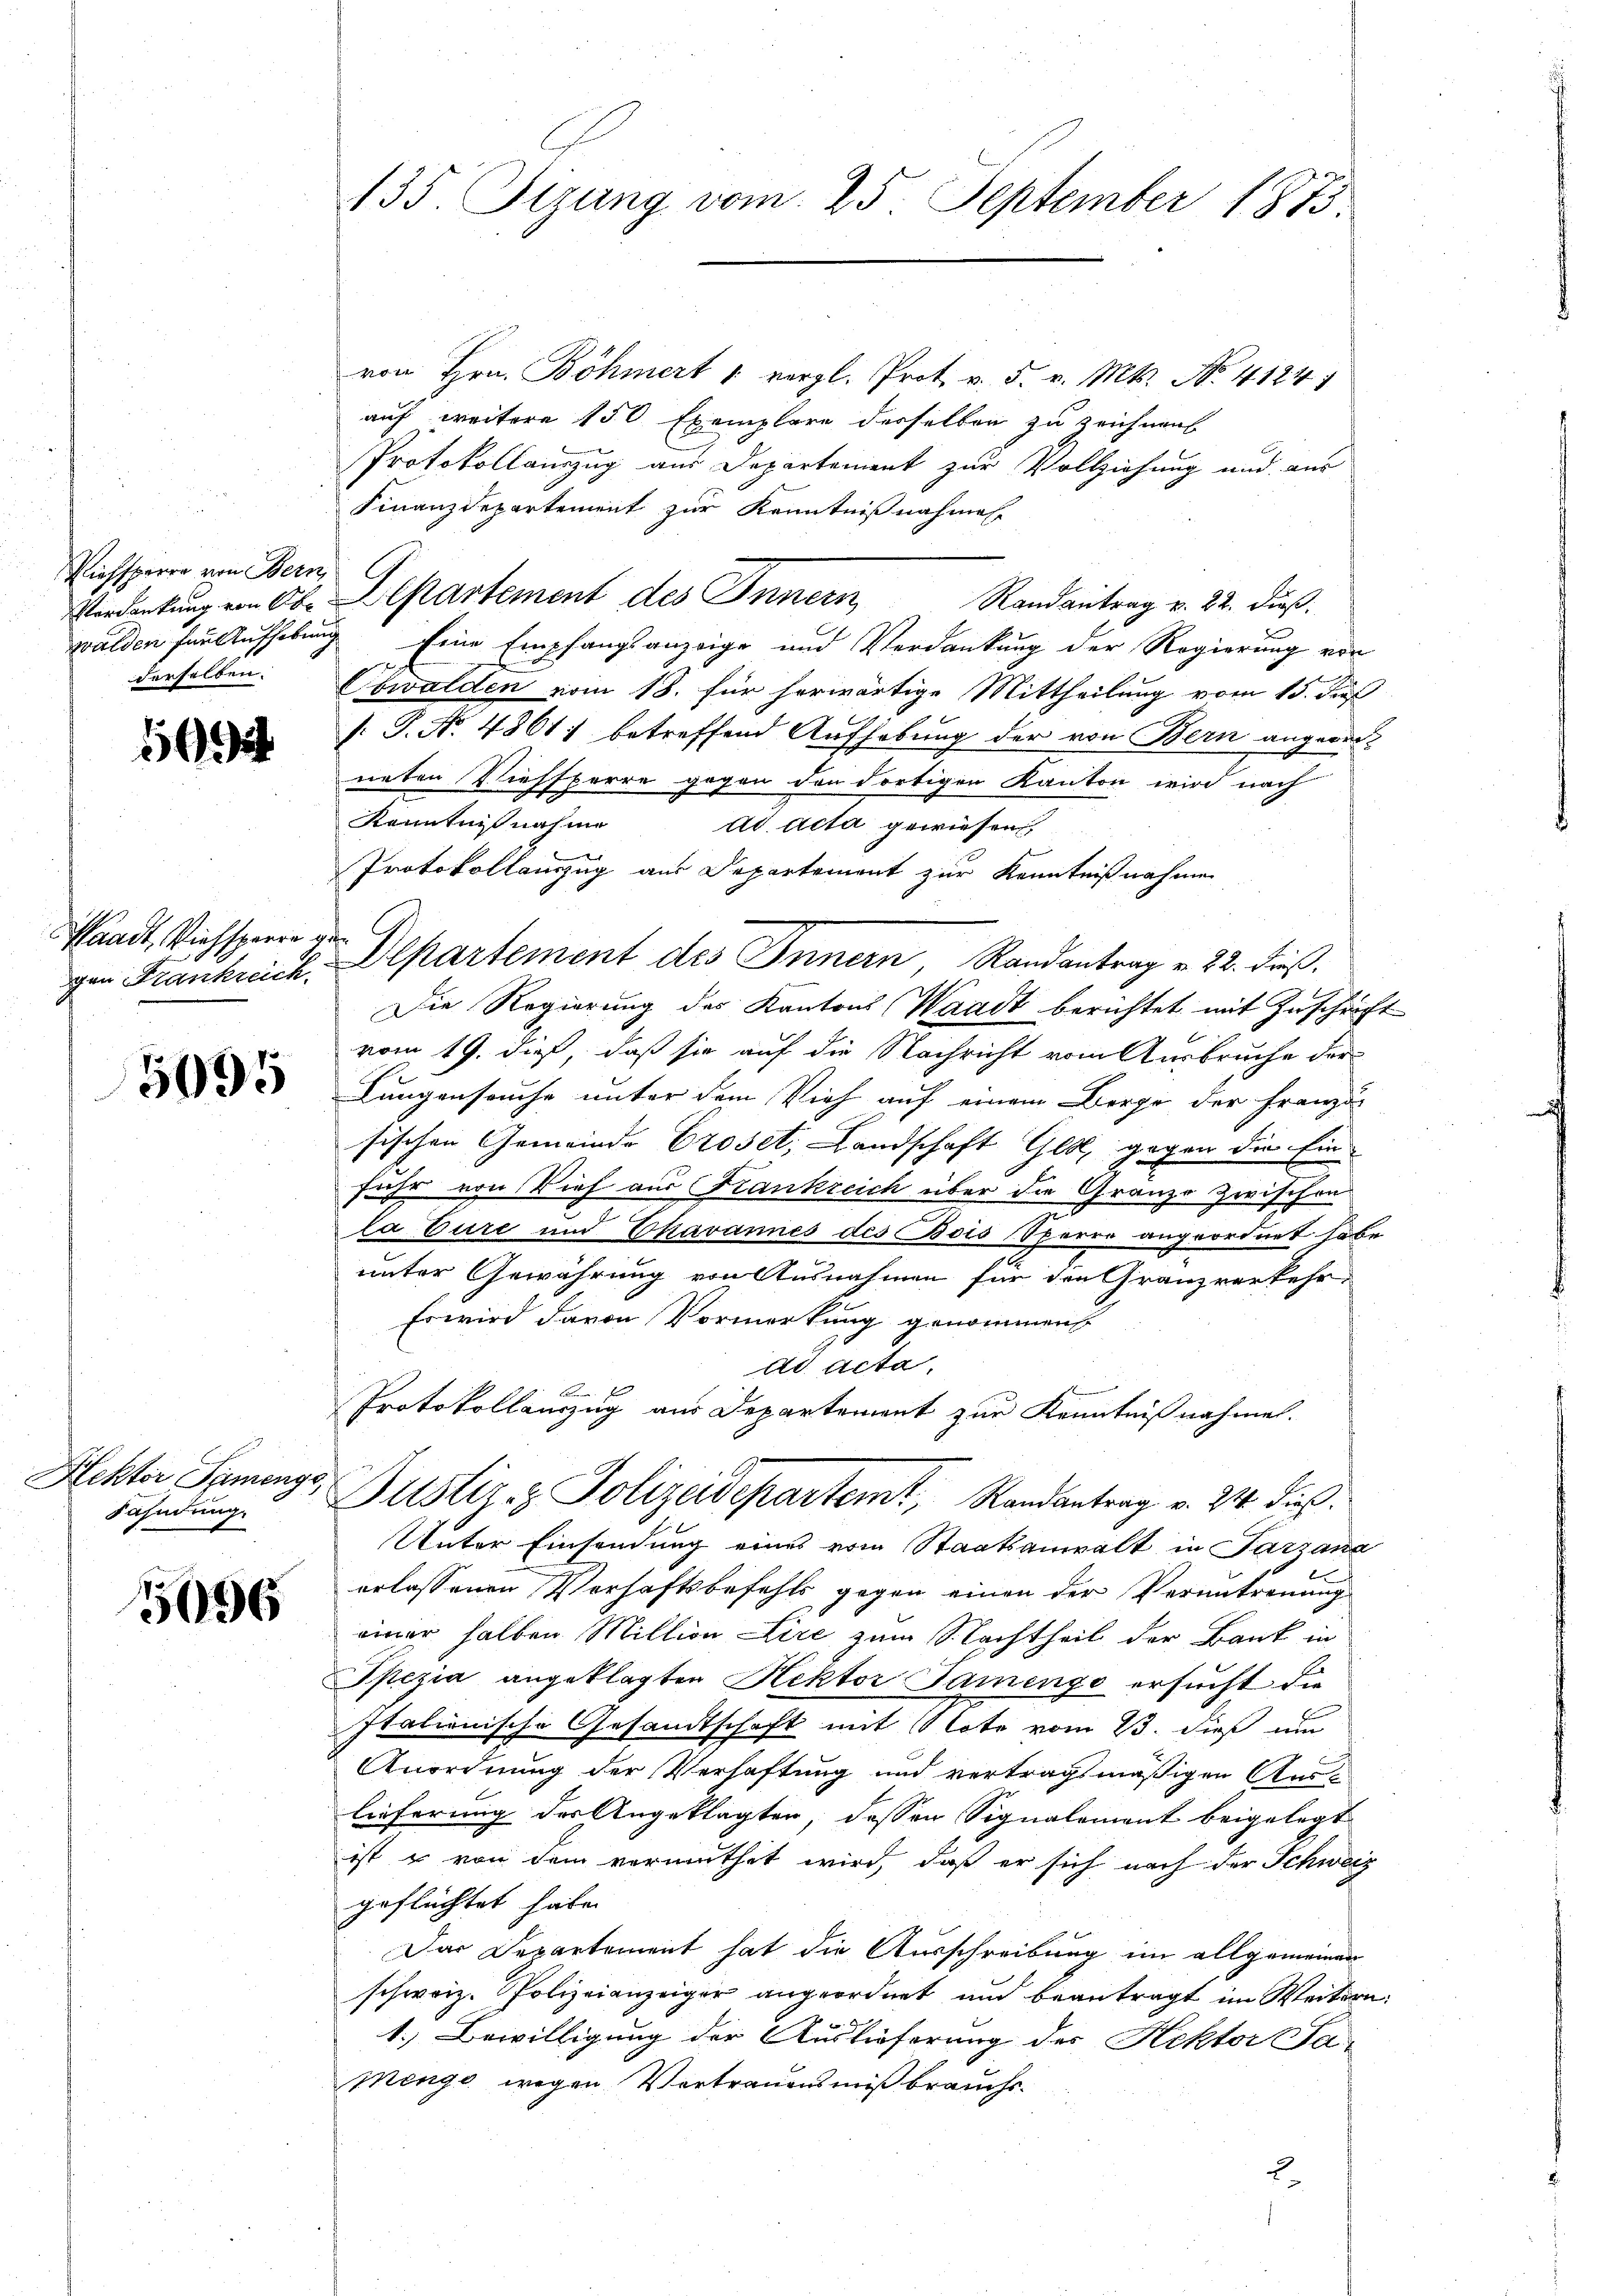
Viehsperre von Bern,
walden für Aufheben
derselben.

160

Waadt, Viehsperre ge
gen Frankreich

5095

Hektor Symenge,
Fahndung.

5096

135. Sizung vom 25. September 1873.

von Hrn. Böhmert 1 vergl. Prot. v. 5. v. Mts. No. 4124
auf weitere 150 Exemplare derselben zu zeichnen
Protokollauszug aus Departement zur Vollziehung und aus
Finanzdepartement zur Kenntnißnahmen
Verdankung von Ob. Departement des Innern,
Randantrag v. 22. dieß.
g. Eine Empfangsanzeige und Verdankung der Regierung vor
Obwalden vom 18. für herwärtige Mittheilung vom 15. dieß
[: P. No. 4861) betreffend Aufhebung der von Bern angereineten Viehsperre gegen den dortigen Kanton wird nach
Kenntnißnahme ad acta gewiesen,
Protokollanzzug aus Departement zur Kenntnißnahme
¬
Departement des Innern Randantrag v. 22. dieß.
Die Regierung des Kantons Waadt berichtet mit Zuschricht
vom 19. dieß, daß sie auf die Nachricht vom Ausbruche der
Lungenseuche unter dem Vieh auf einem Berge der Franzö-
sischen Gemeinde Proset, Landschaft Gest, gegen die Einfuhr von Vieh aus Frankreich über die Gränze Zwischen
la Eure und Ehavannes des Bois Sperre angeordnet habe.
unter Gewährung von Ausnahmen für den Granzverkehr
Es wird davon Vormerkung genommen
ad acta.
Protokollauszug aus Departement zur Kenntnißnahmen.
Justiz- & Polizeidepartemt, Randantrag v. 24. dieß.
Unter Einsendung eines vom Staatsanwalt in Parzana
l
erlassenen Verhaftsbefehls gegen einen der Veruntrennung
einer halben Million Lire zum S. Nachtheil der Bank in
Spezia angeklagten Rektor Samento ersucht die
Italienische Gesandtschaft mit Note vom 13. dieß um
Anordnung der Verhaftung und vertragsmäßigen Auslieferung des Angeklagten, dessen Signalement beigelegt
ist u von dem vermuthet wird, daß er sich nach der Schweiz
geflüchtet habe.
Das Departement hat die Ausschreibung im allgemeinen
schweiz. Polizeianzeiger angeordnet und beantragt im Weitern
1.) Bewilligung der Auslieferung des Hektor Ja-
Menge wegen Vortrauensmißbrauchs.
2.